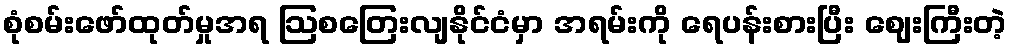
စုံစမ်းဖော်ထုတ်မှုအရ ဩစတြေးလျနိုင်ငံမှာ အရမ်းကို ရေပန်းစားပြီး ဈေးကြီးတဲ့